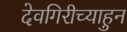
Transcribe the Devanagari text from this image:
देवगिरीच्याहुन